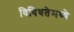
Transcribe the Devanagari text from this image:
विविधतेमध्ये